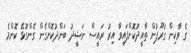
ގެ ވާކިން ގުރޫޕުން ތާއީދުކޮށްފައިވާ އިރު ރައީސް ނަޝީދު ބަންދުކޮށްގެން ގެންގުޅޭ ކޮންމެ